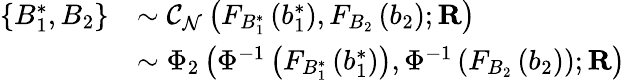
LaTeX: \begin{array}{rl}{\left\{ B_{1}^{\ast},B_{2}\right\} }&{\sim\mathcal{C}_{\mathcal{N}}\left(F_{B_{1}^{\ast}}\left(b_{1}^{\ast}\right),F_{B_{2}}\left(b_{2}\right);\mathbf{R}\right)}\\ &{\sim\Phi_{2}\left(\Phi^{-1}\left(F_{B_{1}^{\ast}}\left(b_{1}^{\ast}\right)\right),\Phi^{-1}\left(F_{B_{2}}\left(b_{2}\right)\right);\mathbf{R}\right)}\end{array}